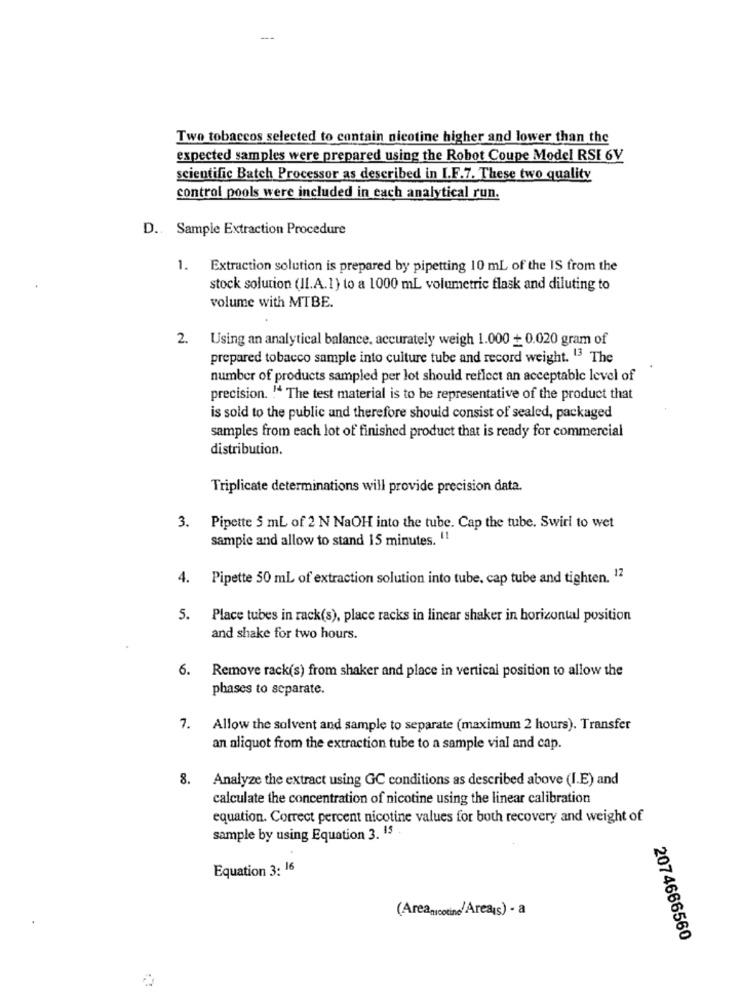
Two tobaccos selected to contain nicotine higher and lower than the
expected samples were prepared using the Robot Coupe Model RSI 6V
scientific Batch Processor as described in I.F.7. These two quality
control pools were included in each analytical run.
D .. Sample Extraction Procedure
1. Extraction solution is prepared by pipetting 10 mL of the IS from the
stock solution (II.A.1) to a 1000 mL volumetric flask and diluting to
volume with MTBE.
2. Using an analytical balance, accurately weigh 1.000 + 0.020 gram of
prepared tobacco sample into culture tube and record weight. 13 The
number of products sampled per lot should reflect an acceptable level of
precision. " The test material is to be representative of the product that
is sold to the public and therefore should consist of sealed, packaged
samples from each lot of finished product that is ready for commercial
distribution.
Triplicate determinations will provide precision data.
3. Pipette 5 mL of 2 N NaOH into the tube. Cap the tube. Swirl to wet
sample and allow to stand 15 minutes. !!
4. Pipette 50 ml of extraction solution into tube, cap tube and tighten. 12
5. Place tubes in rack(s), place racks in linear shaker in horizontal position
and shake for two hours.
6. Remove rack(s) from shaker and place in vertical position to allow the
phases to separate.
7. Allow the solvent and sample to separate (maximum 2 hours). Transfer
an aliquot from the extraction tube to a sample vial and cap.
8. Analyze the extract using GC conditions as described above (I.E) and
calculate the concentration of nicotine using the linear calibration
equation. Correct percent nicotine values for both recovery and weight of
sample by using Equation 3. 13 .
Equation 3: 16
(Areanicotine/Area¡s) - a
2074666560